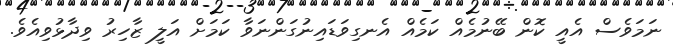
ނަމަވެސް އެއީ ކޮން ބޭނުމެއް ކަމެއް އެނގިވަޑައިނުގަންނަވާ ކަމަށް އަލީ ޒާހިރު ވިދާޅުވިއެވެ.